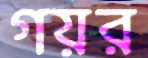
গয়র